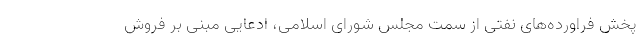
پخش فراورده‌های نفتی از سمت مجلس شورای اسلامی، ادعایی مبنی بر فروش